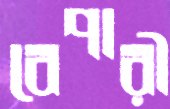
বেপারী